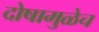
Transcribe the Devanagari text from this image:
दोषामुळेच